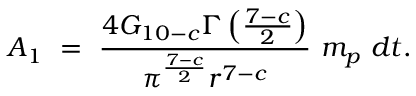
A _ { 1 } ~ = ~ \frac { 4 G _ { 1 0 - c } \Gamma \left( \frac { 7 - c } { 2 } \right) } { \pi ^ { \frac { 7 - c } { 2 } } r ^ { 7 - c } } ~ m _ { p } ~ d t .